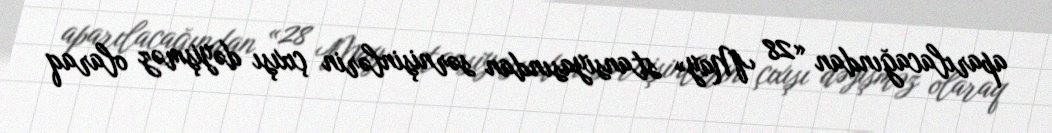
aparılacağından «28 May» stansiyasından sərnişinlərin çıxışı dəyişməz olaraq